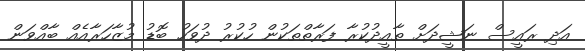
އަދި ރައީސް ނަޝީދަށް ތާއީދުކުރާ ފަރާތްތަކުން ހުކުރު ދުވަހު ބޮޑު މުޒާހަރާއެއް ބާއްވަން